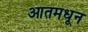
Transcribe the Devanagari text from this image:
आतमधून